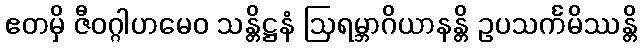
ဧတမှိ ဇီဝဂ္ဂါဟမေဝ သန္တိဋ္ဌနံ ဩရမ္ဘာဂိယာနန္တိ ဥပသင်္ကမိဿန္တိ